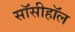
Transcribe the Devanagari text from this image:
सॉसीहॉल